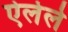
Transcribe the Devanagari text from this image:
ऐलेले